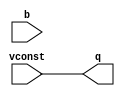
module td (
	   input vconst,
	   input b,
	   output reg q);
   always @ (vconst) begin
     q = vconst;
   end
endmodule